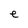
Character: e